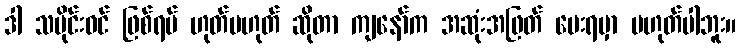
ဒါ သမိုင်းဝင် ဖြစ်ရပ် ဟုတ်မဟုတ် ဆိုတာ ကျနော်က အဆုံးအဖြတ် ပေးရမှာ မဟုတ်ပါဘူး။